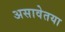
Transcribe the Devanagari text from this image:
असावेतया